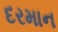
દરમાન